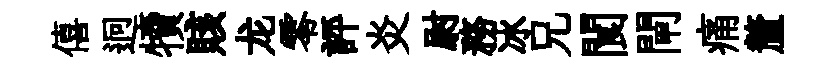
僖迥犢賅龙零評炎尉務冰兄閬閘痛釐